Vaccine operations Central Provinces & Berar 1912-1920 - 1912-1920
Year: 1912
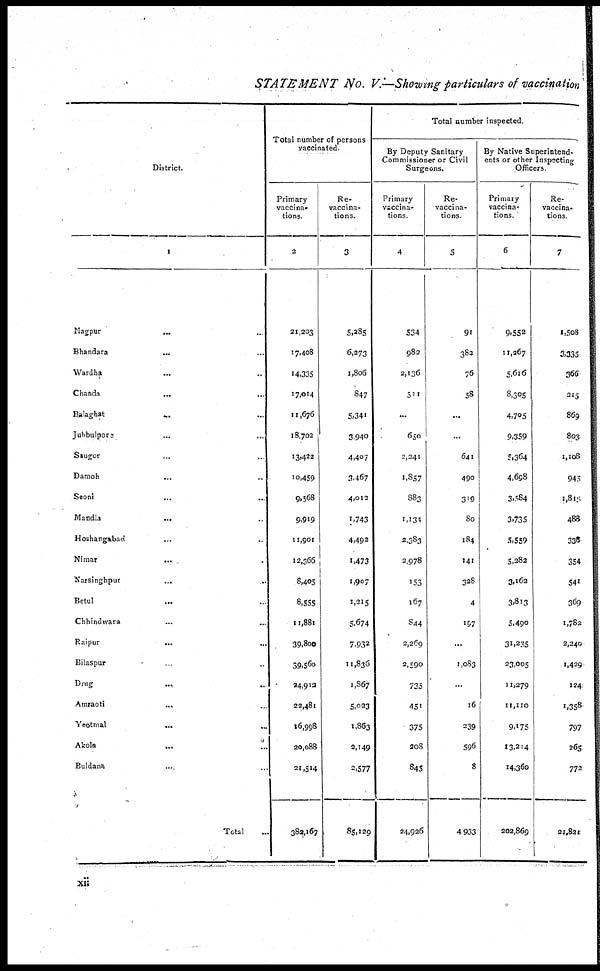
STATEMENT No. V.—Showing particulars of vaccination
District.
1
Nagpur... ...
Bhandara... ...
Wardha... ...
Chanda... ...
Balaghat... ...
Jubbulpore...
...
Saugor... ...
Damoh... ...
Seoni... ...
Mandla...
...
Hoshangabad... ...
Nimar...
...
Narsinghpur...
...
Betul... ...
Chhindwara... ...
Raipur...
...
Bilaspur... ...
Drug...
...
Amraoti...
...
Yeotmal...
...
Akola...
...
Buldana... ...
Total...
Total number of persons
vaccinated.
Primary
vaccina-
tions.
2
21,203
17,408
14,335
17,014
11,676
18,702
13,422
10,459
9,568
9,919
11,901
12,366
8,405
8,555
11,881
39,800
39,560
24,913
22,481
16,998
20,088
21,514
382,167
Re¬
vaccina-
tions.
3
5,285
6,273
1,806
847
5,341
3,940
4,407
3,467
4,012
1,743
4,492
1,473
1,907
1,215
5,674
7,932
11,836
1,867
5,023
1,863
2,149
2,577
85,129
Total Number inspected.
By Deputy Sanitary
Commissioner or Civil
Surgeons.
Primary
vaccina-
tions
4
534
982
2,136
511
...
650
2,241
1,857
883
1,134
2,383
2,978
153
167
844
2,269
2,590
735
451
375
208
845
24,926
Re¬
vaccina-
tions.
5
91
382
76
58
...
...
641
490
319
80
184
141
328
4
197
...
1,083
...
16
239
596
8
4,933
By Native Superintend-
ents or other Inspecting
Officers.
Primary
vaccina-
tions.
6
9,552
11,267
5,616
8,305
4,705
9,359
5,364
4,698
3,584
3,735
5,559
5,282
3,162
3,313
5,490
31,235
23,005
11,279
11,110
9,175
13,214
14,360
202,869
Re¬
vaccina-
tions.
7
1,508
3,335
366
215
869
803
1,108
945
1,815
488
338
354
541
369
1,782
2,240
1,429
124
1,358
797
265
772
21,821
xii